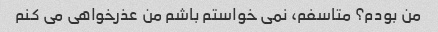
من بودم؟ متاسفم، نمی خواستم باشم من عذرخواهی می کنم